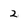
Character: 2